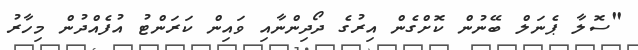
"ސޮލާ ޕެނަލް ބޭނުން ކޮށްގެން އިރުގެ ދޯދިންނާއި ވައިން ކަރަންޓު އުފެއްދުން މިހާރު